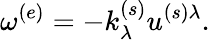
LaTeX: \omega^{(e)}=-k_{\lambda}^{(s)}u^{(s)\lambda}.